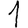
Digit: 1